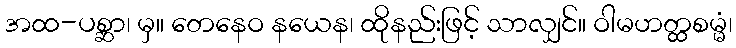
အထ-ပစ္ဆာ၊ မှ။ တေနေဝ နယေန၊ ထိုနည်းဖြင့် သာလျှင်။ ဝါမဟတ္ထစမ္မံ၊